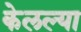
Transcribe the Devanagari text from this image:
केलल्या